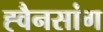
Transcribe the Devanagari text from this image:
ह्वैनसांग